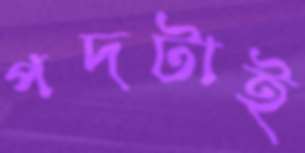
পদটাই